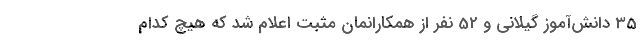
35 دانش‌آموز گیلانی و 52 نفر از همکارانمان مثبت اعلام شد که هیچ کدام